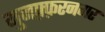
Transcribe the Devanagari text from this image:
मुजफ़्फ़रनगर